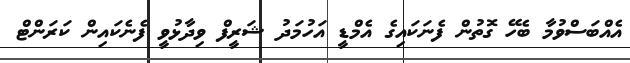
އެއްބަސްވުމާ ބެހޭ ގޮތުން ފެނަކައިގެ އެމްޑީ އަހުމަދު ޝަރީފް ވިދާޅުވީ ފެނެކައިން ކަރަންޓް